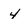
Character: 4